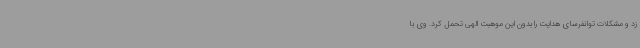
زد و مشکلات توانفرسای هدایت را بدون این موهبت الهی تحمل کرد. وی با